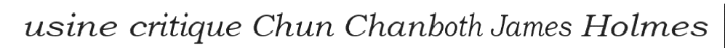
usine critique Chun Chanboth James Holmes